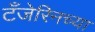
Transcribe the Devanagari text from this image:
टँजेरिनच्या